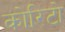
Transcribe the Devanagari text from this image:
कोरिटो